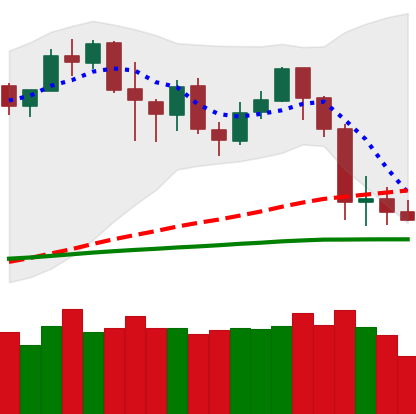
Ticker: LTC-USD
Chart end date: 2020-02-29
Forward return: 5.982%
Label: up_5_7